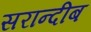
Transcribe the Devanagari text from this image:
सरान्दीब